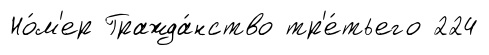
Но́м'ер Гражда́нство тр'е́тьего 224